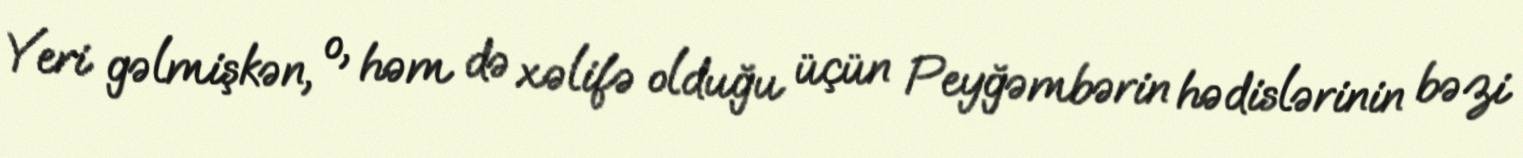
Yeri gəlmişkən, o, həm də xəlifə olduğu üçün Peyğəmbərin hədislərinin bəzi